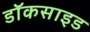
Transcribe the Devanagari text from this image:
डॉकसाइड